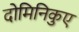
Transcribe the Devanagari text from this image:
दोमिनिकुए